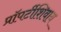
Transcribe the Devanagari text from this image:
प्रॉपर्टीशिवाय